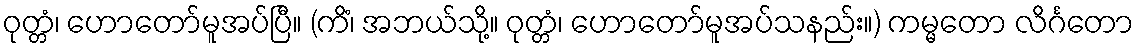
ဝုတ္တံ၊ ဟောတော်မူအပ်ပြီ။ (ကိံ၊ အဘယ်သို့။ ဝုတ္တံ၊ ဟောတော်မူအပ်သနည်း။) ကမ္မတော လိင်္ဂတော